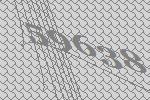
59638